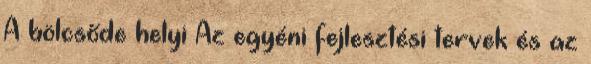
A bölcsőde helyi Az egyéni fejlesztési tervek és az